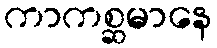
ကာကစ္ဆမာနေ